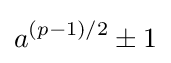
a^{(p-1)/2}\pm 1